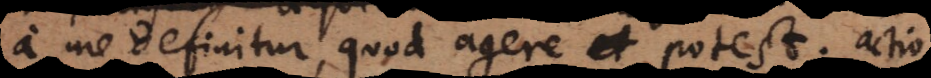
a me definitur, quod agere et potest; actio